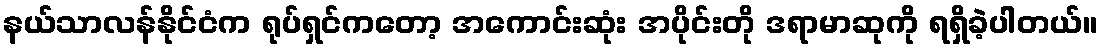
နယ်သာလန်နိုင်ငံက ရုပ်ရှင်ကတော့ အကောင်းဆုံး အပိုင်းတို ဒရာမာဆုကို ရရှိခဲ့ပါတယ်။